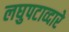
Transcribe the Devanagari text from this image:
लघुपटाव्दारे